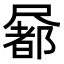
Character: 𡳢